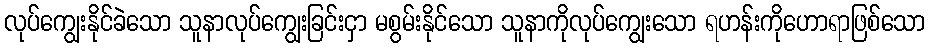
လုပ်ကျွေးနိုင်ခဲသော သူနာလုပ်ကျွေးခြင်းငှာ မစွမ်းနိုင်သော သူနာကိုလုပ်ကျွေးသော ရဟန်းကိုဟောရာဖြစ်သော